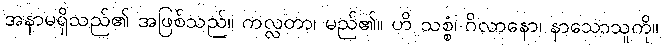
အနာမရှိသည်၏ အဖြစ်သည်။ ကလ္လတာ၊ မည်၏။ ဟိ သစ္စံ၊ ဂိလာနော၊ နာသောသူကို။